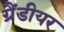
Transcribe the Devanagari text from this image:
ग्रैंडीयर